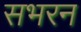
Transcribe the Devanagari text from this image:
सभरन